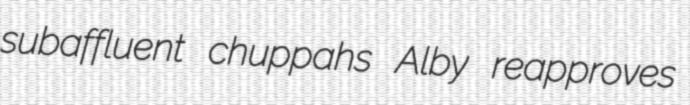
subaffluent chuppahs Alby reapproves